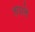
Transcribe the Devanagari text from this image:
तपाते